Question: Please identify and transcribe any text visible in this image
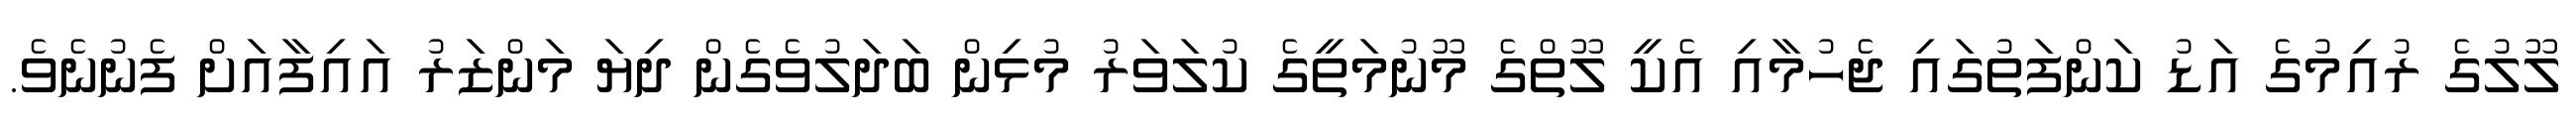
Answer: ލޫލުގެ ރުއިމުގެ އަޑު ކަންފަތުގައި ޖެހުމާއި އެކީ ލޫތްގެ މޫނުމަތީގެ ކުލަވަރު މުޅިން ބަދަލުވެގެން ދިޔަ މަންޒަރު އައިފާއަށް ފެނުނެވެ.